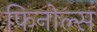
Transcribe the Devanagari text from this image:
फिनोल्स